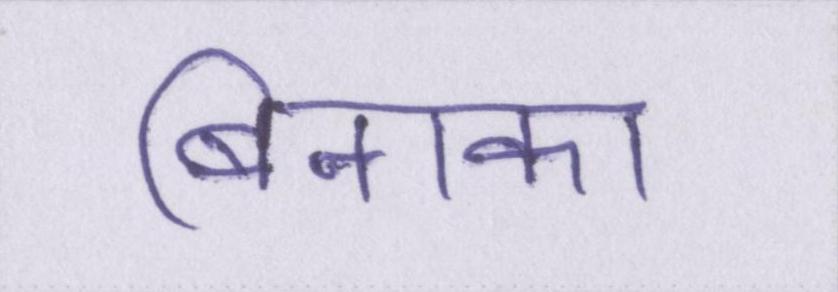
बिनाका